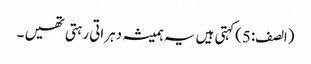
(الصف:5)کہتی ہیں یہ ہمیشہ دہراتی رہتی تھیں ۔